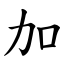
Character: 加